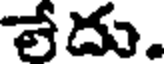
లేదు.